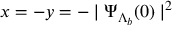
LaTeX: x = - y = - \mid \Psi _ { \Lambda _ { b } } ( 0 ) \mid ^ { 2 }